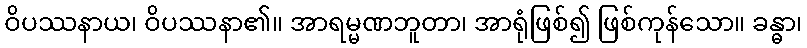
ဝိပဿနာယ၊ ဝိပဿနာ၏။ အာရမ္မဏဘူတာ၊ အာရုံဖြစ်၍ ဖြစ်ကုန်သော။ ခန္ဓာ၊